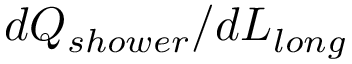
d Q _ { s h o w e r } / d L _ { l o n g }